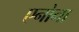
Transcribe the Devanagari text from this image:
एनोना